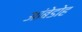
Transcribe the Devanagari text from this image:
आंबेडोह